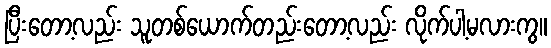
ပြီးတော့လည်း သူတစ်ယောက်တည်းတော့လည်း လိုက်ပါ့မလားကွ။